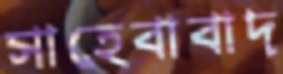
সাহেবাবাদ